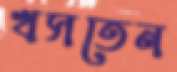
খসতেন